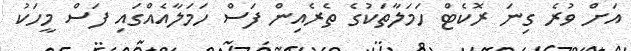
އަށް ވުރެ ގިނަ ރޮކެޓް ހަމަލާތަކުގެ ތެރެއިން ފަސް ހަމަލާއެއްގައި ފަސް މީހަކު